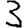
Digit: 3